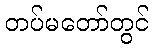
တပ်မတော်တွင်